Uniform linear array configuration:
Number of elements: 32
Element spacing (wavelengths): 0.5
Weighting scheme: binomial
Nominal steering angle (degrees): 0
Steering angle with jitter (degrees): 0.1083
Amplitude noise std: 0.05
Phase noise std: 0.05

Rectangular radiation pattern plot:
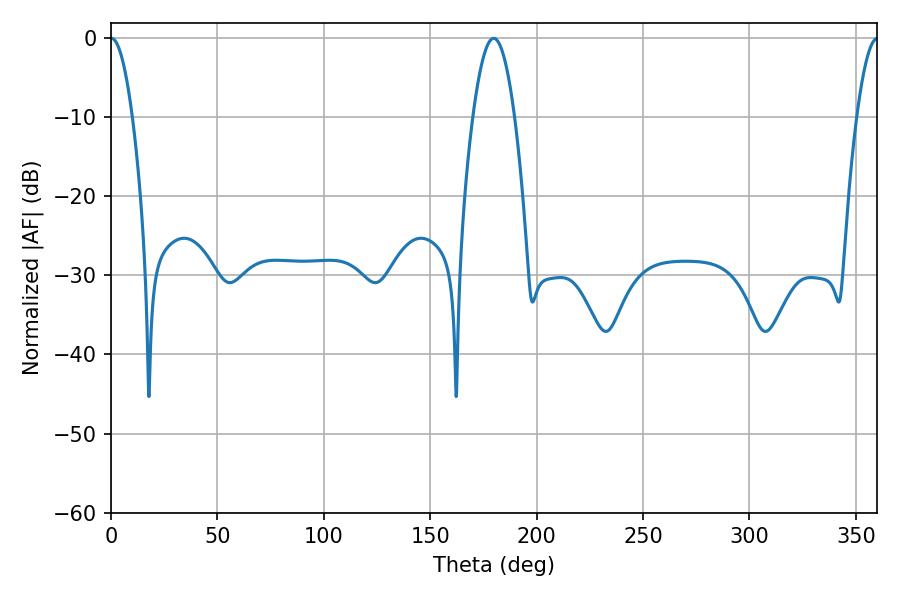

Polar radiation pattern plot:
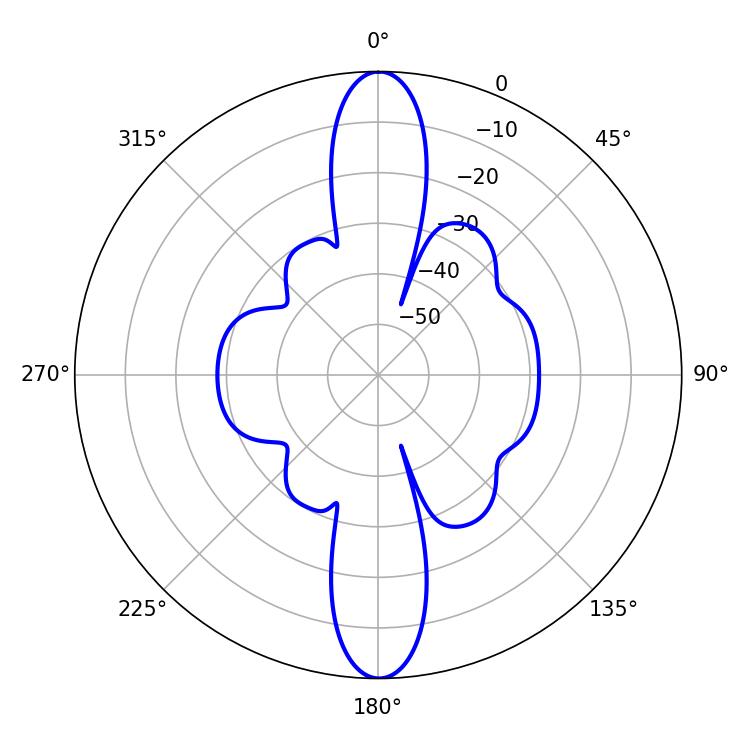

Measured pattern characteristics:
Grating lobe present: FALSE
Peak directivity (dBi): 28.83
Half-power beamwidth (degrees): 5.58
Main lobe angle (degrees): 0.18